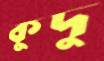
কুদু